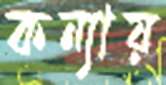
কন্যায়